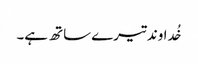
خُداوند تیرے ساتھ ہے۔